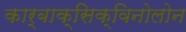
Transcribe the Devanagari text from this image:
कार्बाक्सिक्विनोलोन